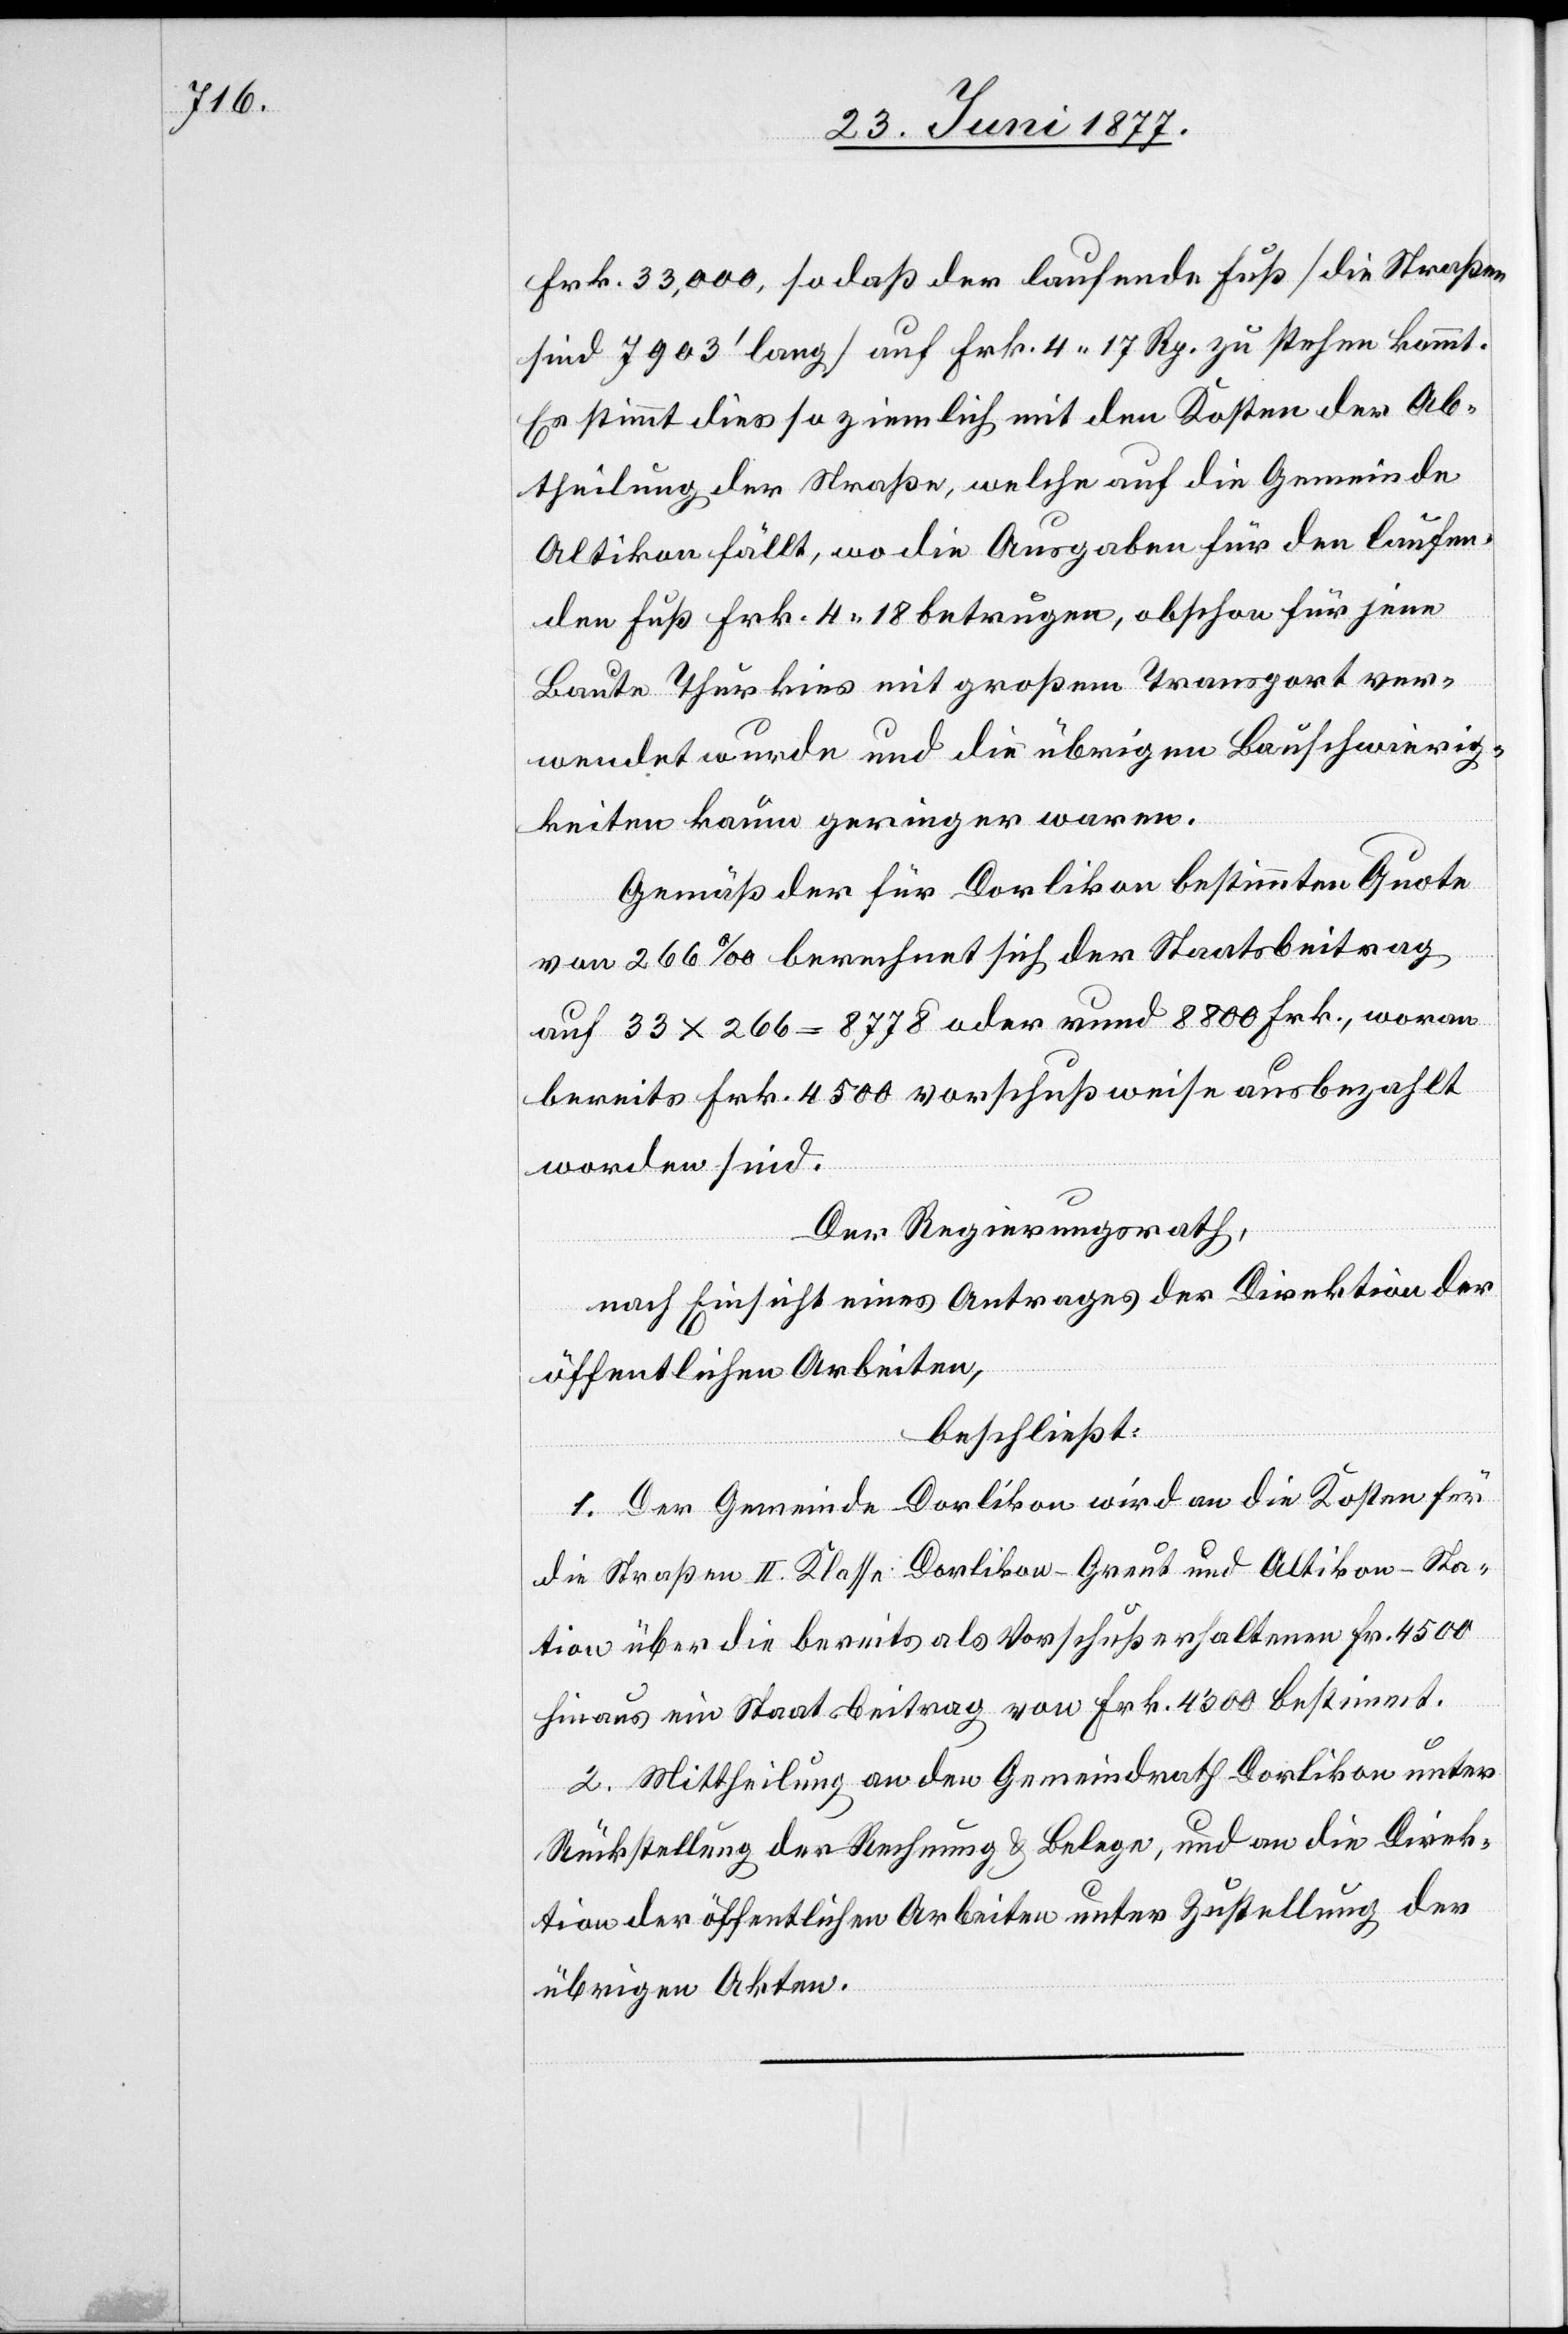
Frk. 33,000, so daß der laufende Fuß [die Straßen
sind 7903’ lang] auf Frk. 4 17 Rp. zu stehen kommt.
Es stimmt dies so ziemlich mit den Kosten der Ab¬
theilung der Straße, welche auf die Gemeinde
Altikon fällt, wo die Ausgaben für den laufen¬
den Fuß Frk. 4 18 betragen, obschon für jene
Baute Thurkies mit großem Transport ver¬
wendet wurde und die übrigen Bauschwierig¬
keiten kaum geringer waren.
Gemäß der für Dorlikon bestimmten Quote
von 266‰ berechnet sich der Staatsbeitrag
auf 33 x 266 = 8778 oder runde 8800 Frk., woran
bereits Frk. 4500 vorschußweise ausbezahlt
worden sind.
Der Regierungsrath,
nach Einsicht eines Antrages der Direktion der
öffentlichen Arbeiten,
beschließt:
1. Der Gemeinde Dorlikon wird an die Kosten für
die Straßen II. Klasse Dorlikon–Greut und Altikon–Sta¬
tion über die bereits als Vorschuß erhaltenen Fr. 4500
hinaus ein Staatsbeitrag von Frk. 4300 bestimmt.
2. Mittheilung an den Gemeindrath Dorlikon unter
Rückstellung der Rechnung & Belege, und an die Direk¬
tion der öffentlichen Arbeiten unter Zustellung der
übrigen Akten.